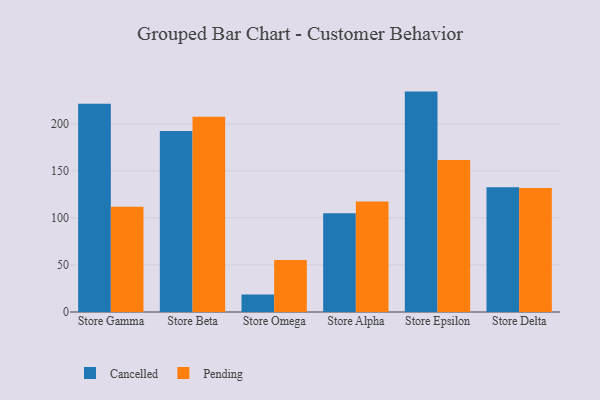
{"axis": {"x": "Store", "y": "Page Views"}, "legend": ["Cancelled", "Pending"], "data": [{"x": "Store Gamma", "y": 221.4, "type": "Cancelled"}, {"x": "Store Gamma", "y": 111.8, "type": "Pending"}, {"x": "Store Beta", "y": 192.3, "type": "Cancelled"}, {"x": "Store Beta", "y": 207.6, "type": "Pending"}, {"x": "Store Omega", "y": 18.5, "type": "Cancelled"}, {"x": "Store Omega", "y": 55.4, "type": "Pending"}, {"x": "Store Alpha", "y": 105.0, "type": "Cancelled"}, {"x": "Store Alpha", "y": 117.6, "type": "Pending"}, {"x": "Store Epsilon", "y": 234.3, "type": "Cancelled"}, {"x": "Store Epsilon", "y": 161.6, "type": "Pending"}, {"x": "Store Delta", "y": 132.6, "type": "Cancelled"}, {"x": "Store Delta", "y": 131.9, "type": "Pending"}]}